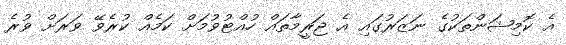
އެ ކޮމިޝަންތަކުގެ ނަޒަރުގައި އެ ޖަރީމާތައް ހުއްޓުވުމަށް ކަމެއް ކުރެވޭ ވަރަށް ވުރެ